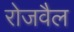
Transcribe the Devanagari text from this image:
रोजवैल